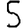
Digit: 5